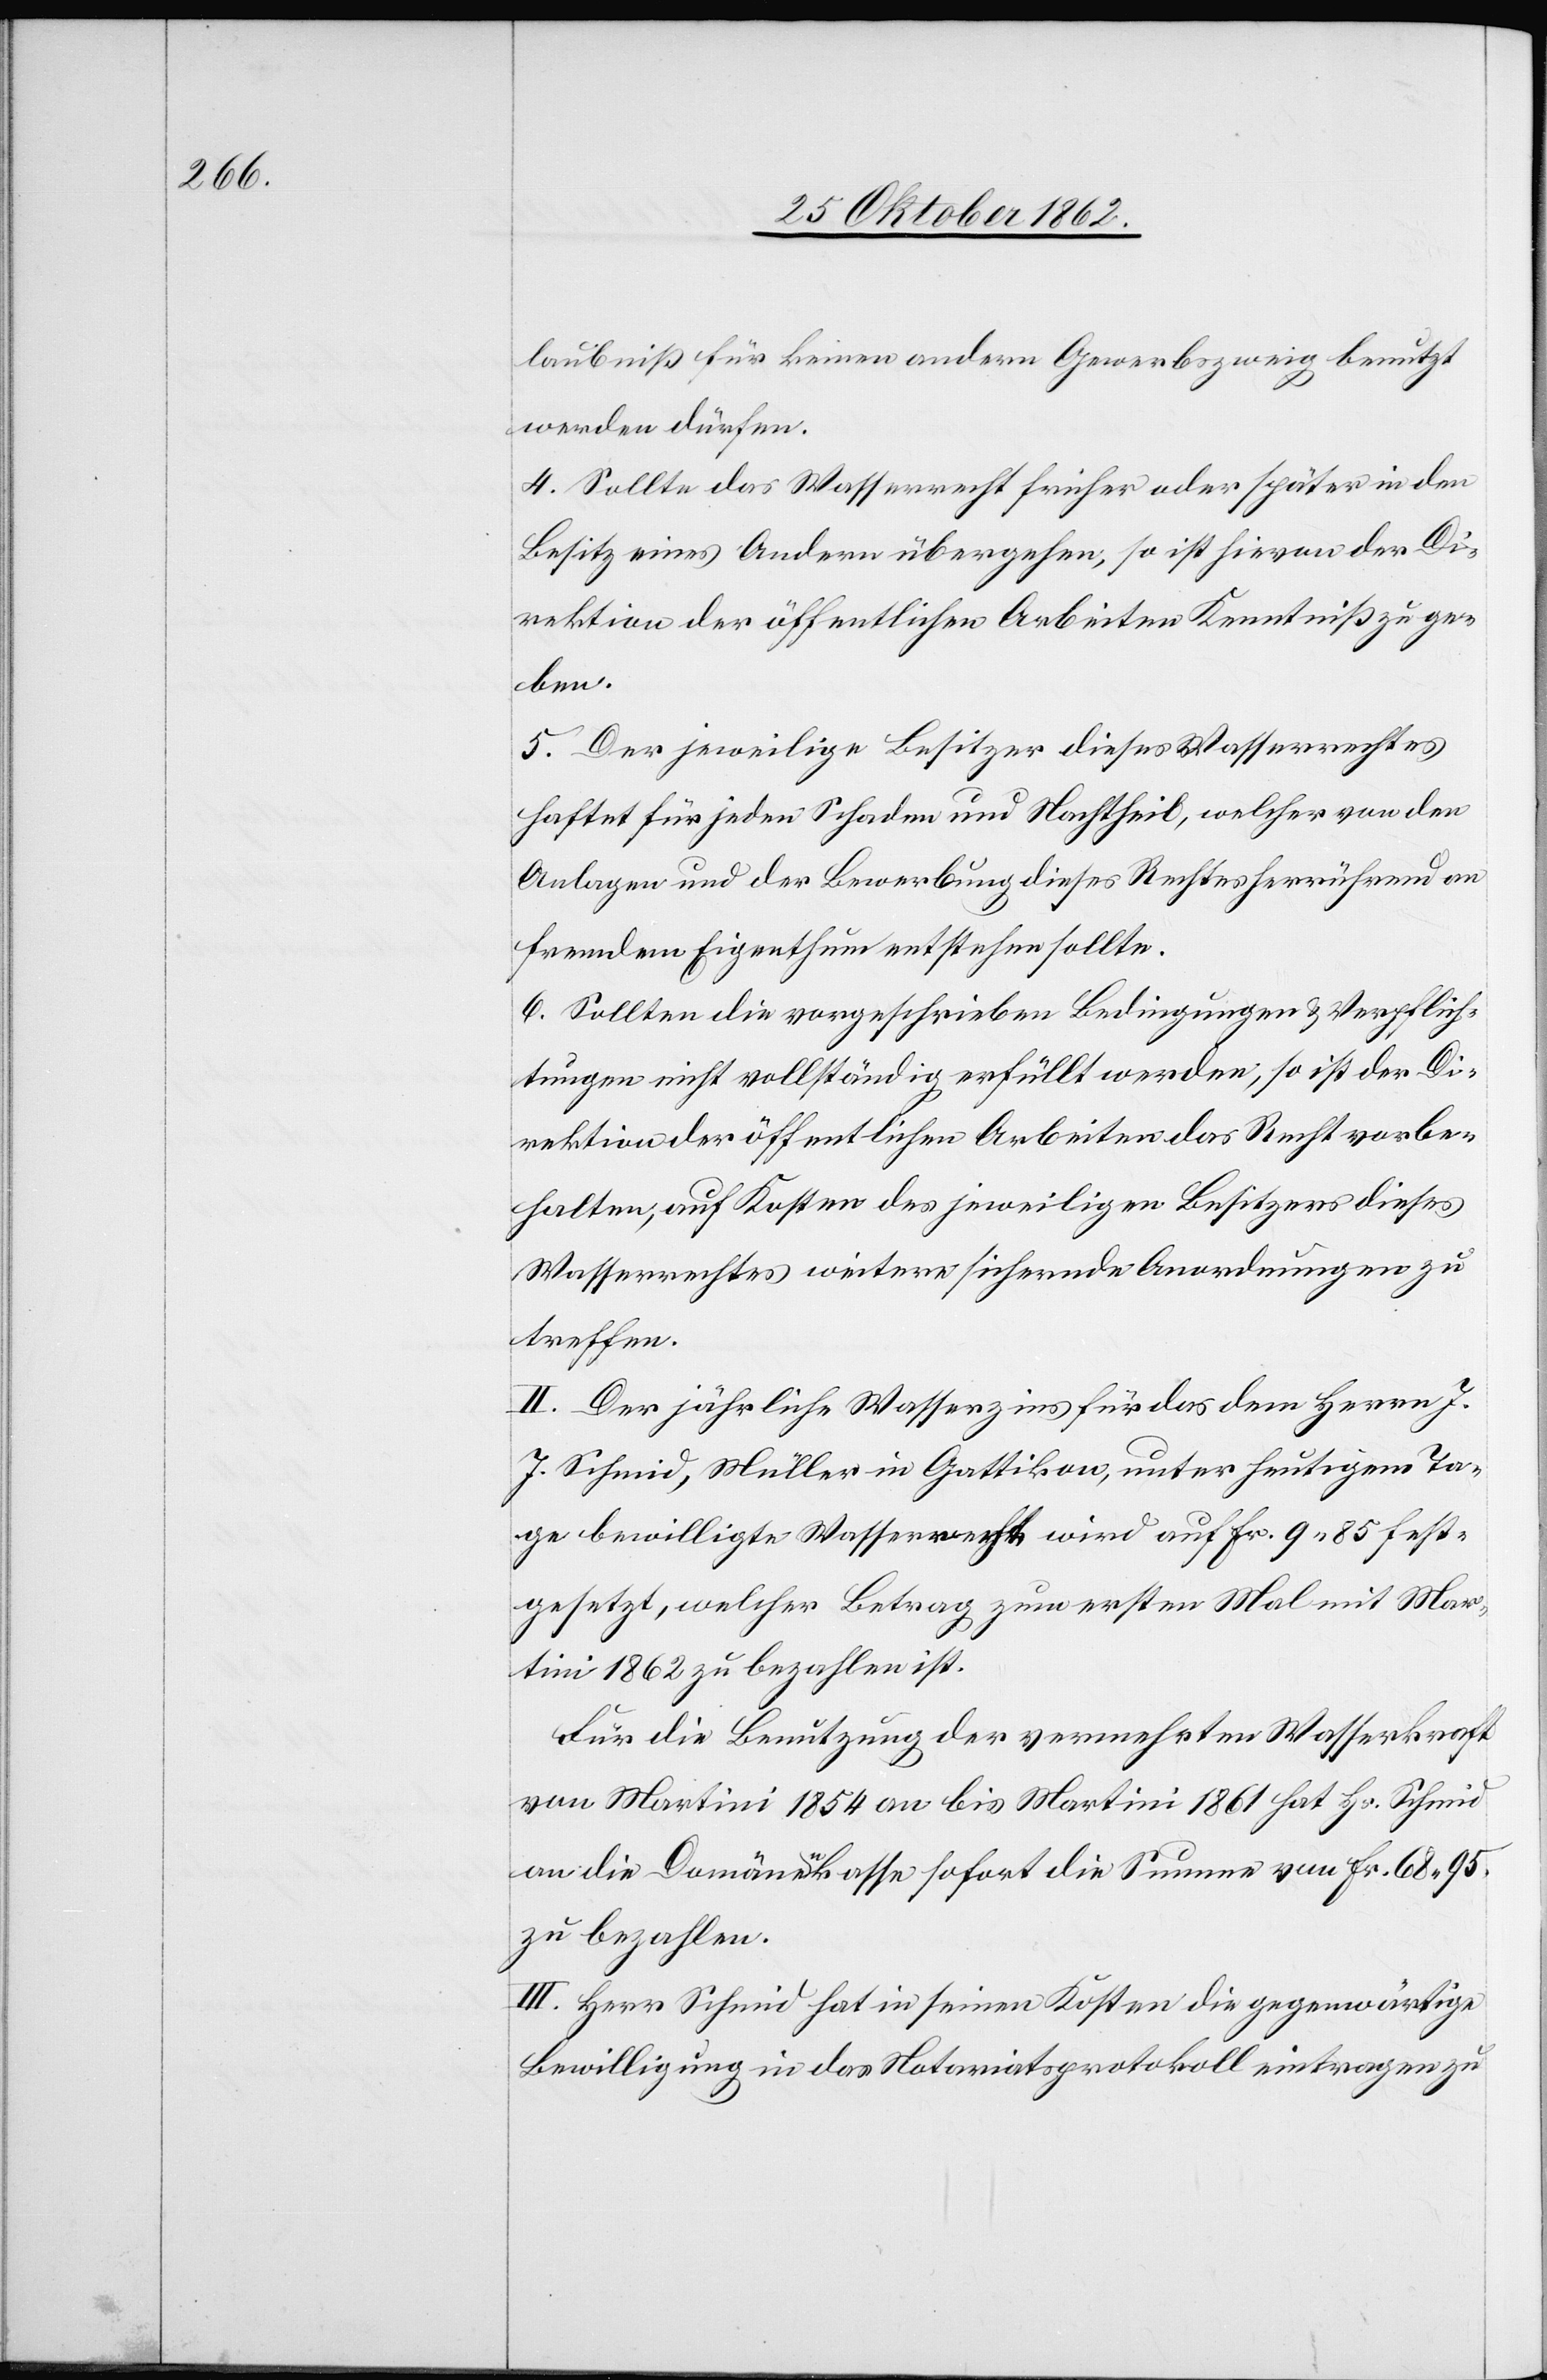
laubniß für keinen andern Gewerbszweig benutzt
werden dürfen.
4. Sollte das Wasserrecht früher oder später in den
Besitz eines Andern übergehen, so ist hievon der Di¬
rektion der öffentlichen Arbeiten Kenntniß zu ge¬
ben.
5. Der jeweilige Besitzer dieses Wasserrechtes
haftet für jeden Schaden und Nachtheil, welcher von den
Anlagen und der Bewerbung dieses Rechtes herrührend an
fremdem Eigenthum entstehen sollte.
6. Sollten die vorgeschrieben[en] Bedingungen u. Verpflich¬
tungen nicht vollständig erfüllt werden, so ist der Di¬
rektion der öffentlichen Arbeiten das Recht vorbe¬
halten, auf Kosten des jeweiligen Besitzers dieses
Wasserrechtes weitere sichernde Anordnungen zu
treffen.
II. Der jährliche Wasserzins für das dem Herrn J.
J. Schmid, Müller in Gattikon, unter heutigem Ta¬
ge bewilligte Wasserrecht wird auf Fr. 9 85 fest¬
gesetzt, welcher Betrag zum erstem Mal mit Mar¬
tini 1862 zu bezahlen ist.
Für Benutzung der vermehrten Wasserkraft
von Martini 1854 an bis Martini 1861 hat Hs. Schmid
an die Domänenkasse sofort die Summe von fr. 68 95
zu bezahlen.
III. Herr Schmid hat in seinen Kosten die gegenwärtige
Bewilligung in das Notariatsprotokoll eintragen zu